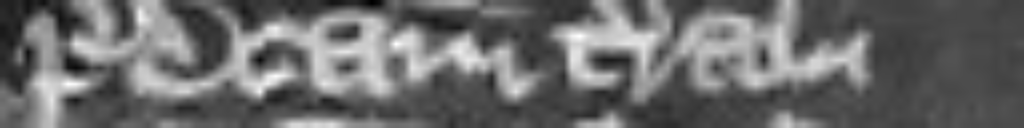
predictam terram